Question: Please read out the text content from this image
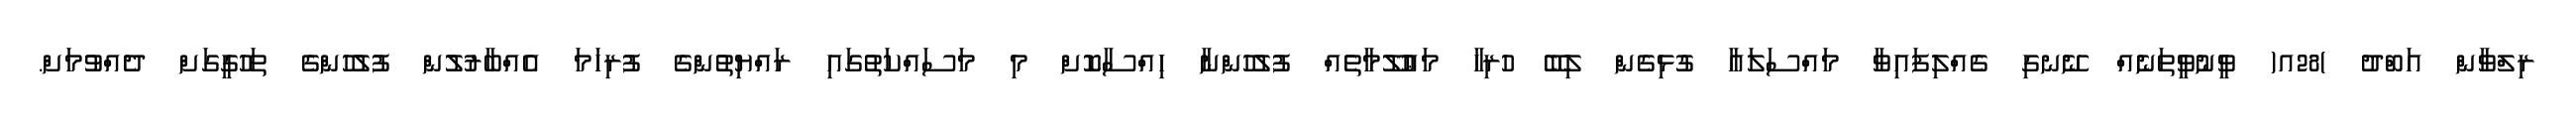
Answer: ރިލްވާން އަބްދު )28އ( ވީނުވީތަނެއް ނޭނގި ގެއްލިފައިވާ މައްސަލައާ ގުޅިގެން ލިބޭ ހުރިހާ މަޢުލޫމާތެއް ފުލުހުންނާ ހިއްސާކޮށް މި މަސައްކަތުގައި ރައްޔިތުންގެ ފުރިހަމަ އެއްބާރުލުން ފުލުހުންގެ ތަހުގީގަށް ދެއްވުމަށް.